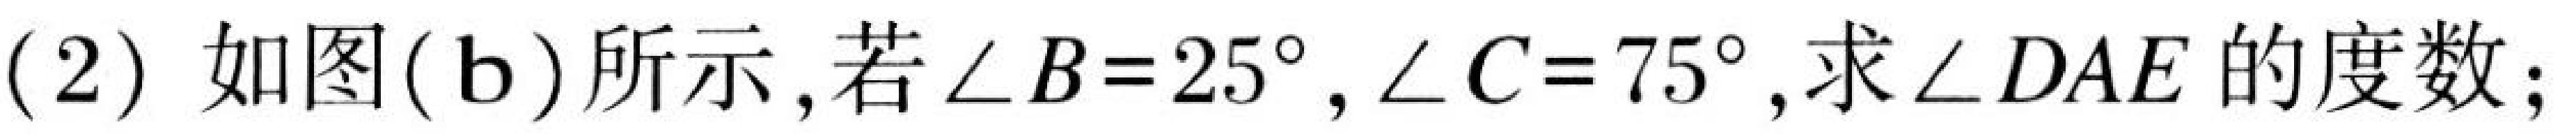
(2) 如图(b)所示,若$\angle B = 25^{\circ},\angle C = 75^{\circ}$,求$\angle DAE$的度数；